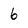
Character: 6